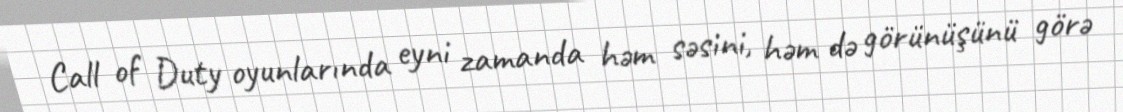
Call of Duty oyunlarında eyni zamanda həm səsini, həm də görünüşünü görə